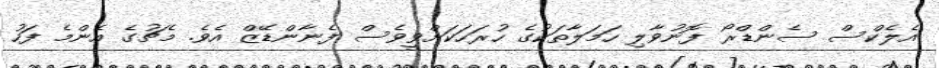
އެލެކްސް ސެންޑްރޯ ފޮނުވާލި ހަމަލާތަކުގެ ހުރަހަކަށްވީވެސް ފެނާންޑޭޒް އެވެ. މެޗުގެ އެންމެ ފަހު